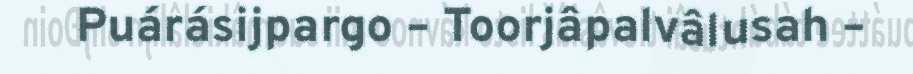
Puárásijpargo – Toorjâpalvâlusah –